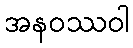
အနဝဿဝါ